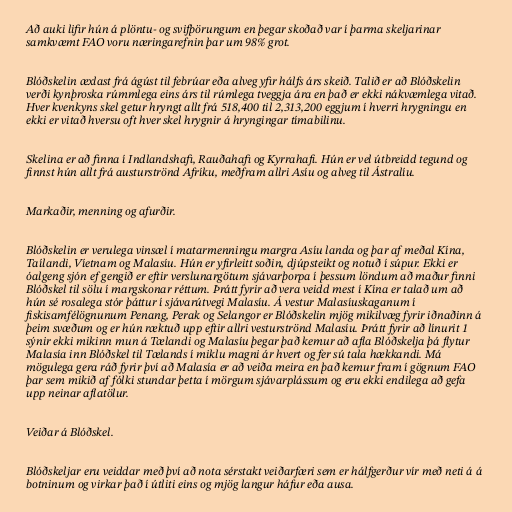
Að auki lifir hún á plöntu- og svifþörungum en þegar skoðað var í þarma skeljarinar
samkvæmt FAO voru næringarefnin þar um 98% grot.

Blóðskelin æxlast frá ágúst til febrúar eða alveg yfir hálfs árs skeið. Talið er að Blóðskelin
verði kynþroska rúmmlega eins árs til rúmlega tveggja ára en það er ekki nákvæmlega vitað.
Hver kvenkyns skel getur hryngt allt frá 518,400 til 2,313,200 eggjum í hverri hrygningu en
ekki er vitað hversu oft hver skel hrygnir á hryngingar tímabilinu.

Skelina er að finna í Indlandshafi, Rauðahafi og Kyrrahafi. Hún er vel útbreidd tegund og
finnst hún allt frá austurströnd Afríku, meðfram allri Asíu og alveg til Ástralíu.

Markaðir, menning og afurðir.

Blóðskelin er verulega vinsæl í matarmenningu margra Asíu landa og þar af meðal Kína,
Taílandi, Víetnam og Malasíu. Hún er yfirleitt soðin, djúpsteikt og notuð í súpur. Ekki er
óalgeng sjón ef gengið er eftir verslunargötum sjávarþorpa í þessum löndum að maður finni
Blóðskel til sölu í margskonar réttum. Þrátt fyrir að vera veidd mest í Kína er talað um að
hún sé rosalega stór þáttur í sjávarútvegi Malasíu. Á vestur Malasíuskaganum í
fiskisamfélögnunum Penang, Perak og Selangor er Blóðskelin mjög mikilvæg fyrir iðnaðinn á
þeim svæðum og er hún ræktuð upp eftir allri vesturströnd Malasíu. Þrátt fyrir að línurit 1
sýnir ekki mikinn mun á Tælandi og Malasíu þegar það kemur að afla Blóðskelja þá flytur
Malasía inn Blóðskel til Tælands í miklu magni ár hvert og fer sú tala hækkandi. Má
mögulega gera ráð fyrir því að Malasía er að veiða meira en það kemur fram í gögnum FAO
þar sem mikið af fólki stundar þetta í mörgum sjávarplássum og eru ekki endilega að gefa
upp neinar aflatölur.

Veiðar á Blóðskel.

Blóðskeljar eru veiddar með því að nota sérstakt veiðarfæri sem er hálfgerður vír með neti á á
botninum og virkar það í útliti eins og mjög langur háfur eða ausa.